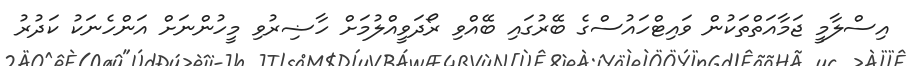
އިސްލާމީ ޖަމާއަތްތަކުން ވައިޓްހައުސްގެ ބޭރުގައި ބޭއްވި ރޯދަވީއްލުމަށް ހާޟިރުވި މީހުންނަށް އަންހެނަކު ކަދުރު